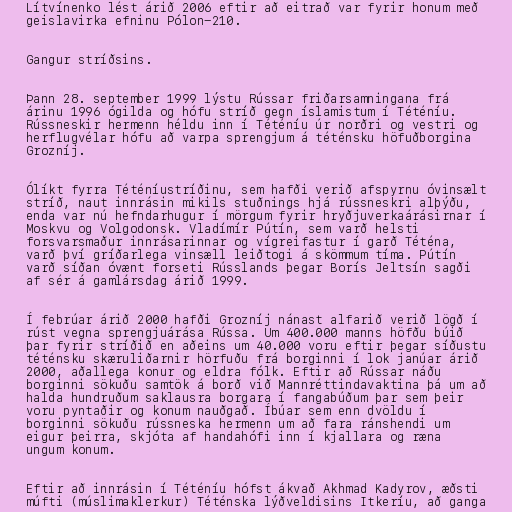
Lítvínenko lést árið 2006 eftir að eitrað var fyrir honum með
geislavirka efninu Pólon-210.

Gangur stríðsins.

Þann 28. september 1999 lýstu Rússar friðarsamningana frá
árinu 1996 ógilda og hófu stríð gegn íslamistum í Téténíu.
Rússneskir hermenn héldu inn í Téténíu úr norðri og vestri og
herflugvélar hófu að varpa sprengjum á téténsku höfuðborgina
Grozníj.

Ólíkt fyrra Téténíustríðinu, sem hafði verið afspyrnu óvinsælt
stríð, naut innrásin mikils stuðnings hjá rússneskri alþýðu,
enda var nú hefndarhugur í mörgum fyrir hryðjuverkaárásirnar í
Moskvu og Volgodonsk. Vladímír Pútín, sem varð helsti
forsvarsmaður innrásarinnar og vígreifastur í garð Téténa,
varð því gríðarlega vinsæll leiðtogi á skömmum tíma. Pútín
varð síðan óvænt forseti Rússlands þegar Borís Jeltsín sagði
af sér á gamlársdag árið 1999.

Í febrúar árið 2000 hafði Grozníj nánast alfarið verið lögð í
rúst vegna sprengjuárása Rússa. Um 400.000 manns höfðu búið
þar fyrir stríðið en aðeins um 40.000 voru eftir þegar síðustu
téténsku skæruliðarnir hörfuðu frá borginni í lok janúar árið
2000, aðallega konur og eldra fólk. Eftir að Rússar náðu
borginni sökuðu samtök á borð við Mannréttindavaktina þá um að
halda hundruðum saklausra borgara í fangabúðum þar sem þeir
voru pyntaðir og konum nauðgað. Íbúar sem enn dvöldu í
borginni sökuðu rússneska hermenn um að fara ránshendi um
eigur þeirra, skjóta af handahófi inn í kjallara og ræna
ungum konum.

Eftir að innrásin í Téténíu hófst ákvað Akhmad Kadyrov, æðsti
múfti (múslimaklerkur) Téténska lýðveldisins Itkeríu, að ganga